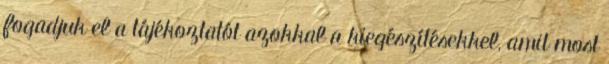
fogadjuk el a tájékoztatót azokkal a kiegészítésekkel, amit most